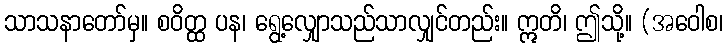
သာသနာတော်မှ။ စဝိတ္ထ ပန၊ ရွေ့လျှောသည်သာလျှင်တည်း။ ဣတိ၊ ဤသို့။ (အဝေါစ၊